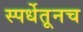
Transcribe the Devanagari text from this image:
स्पर्धेतूनच